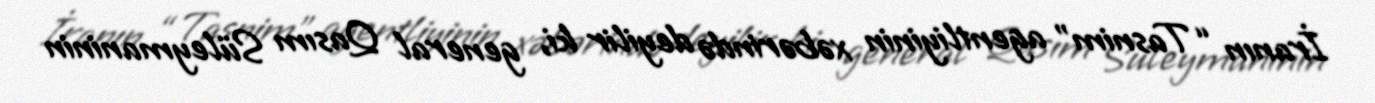
İranın “Tasnim” agentliyinin xəbərində deyilir ki, general Qasım Süleymaninin